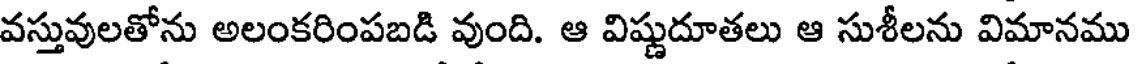
వస్తువులతోను అలంకరింపబడి వుంది. ఆ విష్ణుదూతలు ఆ సుశీలను విమానము